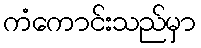
ကံကောင်းသည်မှာ